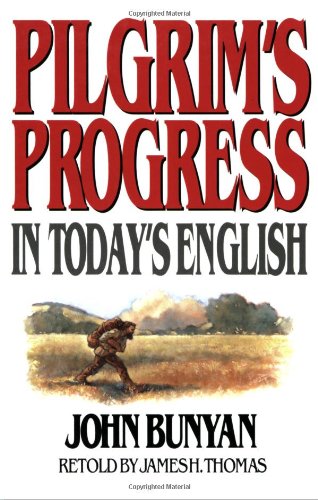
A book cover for Pilgrim's Progress in Today's English; James Thomas; Christian Books & Bibles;